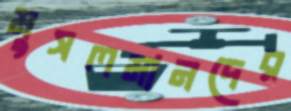
মুসলমানদের